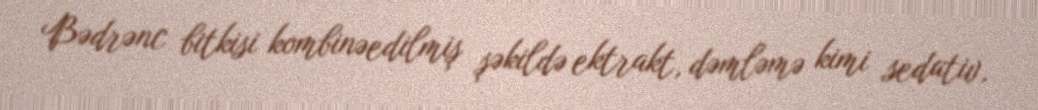
Bədrənc bitkisi kombinəedilmiş şəkildə ektrakt, dəmləmə kimi sedativ,